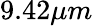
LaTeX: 9.42\mu m